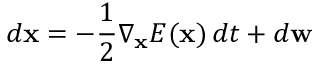
d \mathbf { x } = - \frac { 1 } { 2 } \nabla _ { \mathbf { x } } E ( \mathbf { x } ) \, d t + d \mathbf { w }